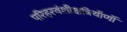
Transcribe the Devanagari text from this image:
परिहरवंशीक्षत्रियॉणॉ